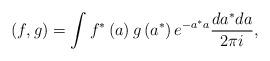
LaTeX: \begin{align*}\left( f,g\right) =\int f^{\ast }\left( a\right) g\left( a^{\ast }\right) e^{-a^{\ast }a}\frac{da^{\ast }da}{2\pi i},\end{align*}